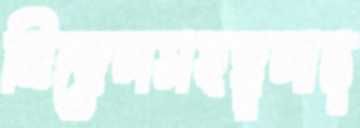
জিঙ্গেলসহস্থূলান্ত্